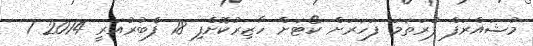
މުޝައްރަފް ފުރަތަމަ ފަހަރަށް ކޯޓަށް ހާޒިރުކޮށްފި 18 ފެބުރުއަރީ 2014 1